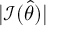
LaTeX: | { \mathcal { I } } ( { \widehat { \theta } } ) |